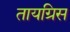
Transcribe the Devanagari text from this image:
तायग्रिस